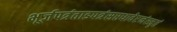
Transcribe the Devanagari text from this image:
भूर्जपत्रंताडपत्रंसप्तधावेष्टनंस्मृतं